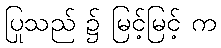
ပြုသည် ၌ မြင့်မြင့် က